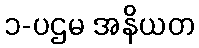
၁-ပဌမ အနိယတ